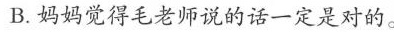
.妈妈觉得毛老师说的话一定是对的。